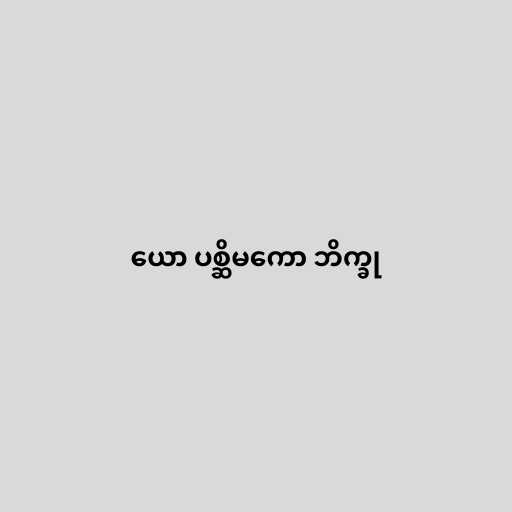
ယော ပစ္ဆိမကော ဘိက္ခု